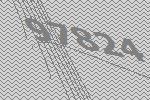
97824